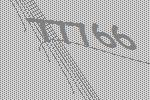
77766